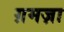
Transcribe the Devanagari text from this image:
ग़मज़ा